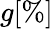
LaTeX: g[\% ]